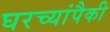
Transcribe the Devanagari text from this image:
घरच्यांपैकी